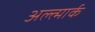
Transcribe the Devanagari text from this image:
अल्त्मार्क